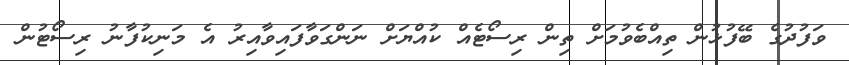
ވަފުދުގެ ބޭފުޅުން ތިއްބެވުމަށް ތިން ރިސޯޓެއް ކުއްޔަށް ނަންގަވާފައިވާއިރު އެ މަނިކުފާނު ރިސޯޓުން